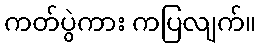
ကတ်ပွဲကား ကပြလျက်။